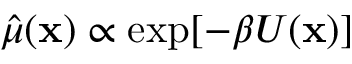
\hat { \mu } ( \mathbf { x } ) \propto \exp [ - \beta U ( \mathbf { x } ) ]